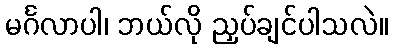
မင်္ဂလာပါ၊ ဘယ်လို ညှပ်ချင်ပါသလဲ။